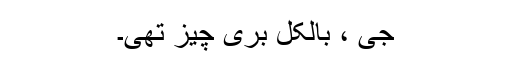
جى ، بالکل برى چیز تهى۔